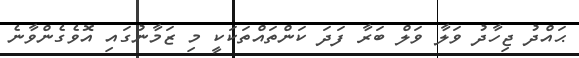
ޙައްދު ޖިހާދު ވަލާ ވަލް ބަރާ ފަދަ ކަންތައްތަކަކީ މި ޒަމާނުގައި އޮވެގެންވާނެ